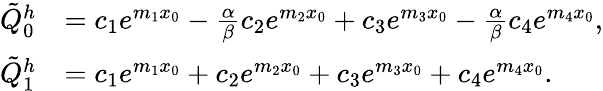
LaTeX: \begin{array}{rl}{\tilde{Q}_{0}^{h}}&{=c_{1}e^{m_{1}x_{0}}-\frac{\alpha}{\beta}c_{2}e^{m_{2}x_{0}}+c_{3}e^{m_{3}x_{0}}-\frac{\alpha}{\beta}c_{4}e^{m_{4}x_{0}},}\\ {\tilde{Q}_{1}^{h}}&{=c_{1}e^{m_{1}x_{0}}+c_{2}e^{m_{2}x_{0}}+c_{3}e^{m_{3}x_{0}}+c_{4}e^{m_{4}x_{0}}.}\end{array}